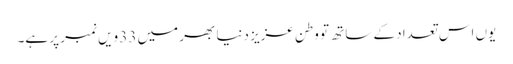
یوں اس تعداد کے ساتھ تو وطنِ عزیز دنیا بھر میں 33 ویں نمبر پر ہے۔